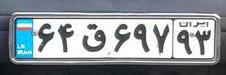
۶۴ق۶۹۷۹۳